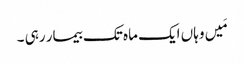
مَیں وہاں ایک ماہ تک بیمار رہی ۔